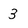
Character: 3